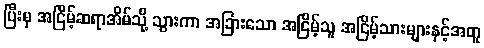
ပြီးမှ အငြိမ့်ဆရာအိမ်သို့ သွားကာ အခြားသော အငြိမ့်သူ အငြိမ့်သားများနှင့်အတူ